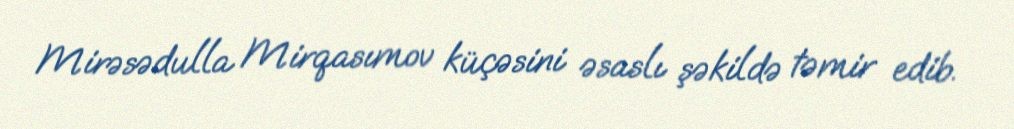
Mirəsədulla Mirqasımov küçəsini əsaslı şəkildə təmir edib.